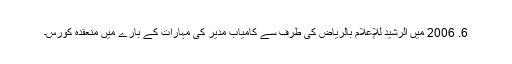
6. 2006 میں الرشید للإعلام بالریاض کی طرف سے کامیاب مدیر کی مہارات کے بارے میں منعقدہ کورس۔